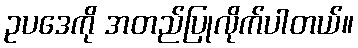
ဥပဒေကို အတည်ပြုလိုက်ပါတယ်။